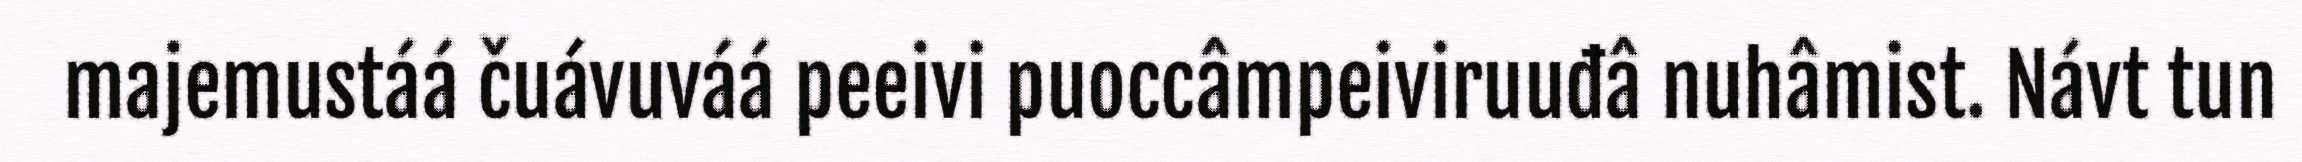
majemustáá čuávuváá peeivi puoccâmpeiviruuđâ nuhâmist. Návt tun